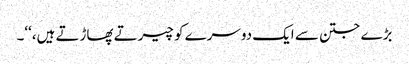
بڑے جتن سے ایک دوسرے کو چیرتے پھاڑتے ہیں،‘‘۔